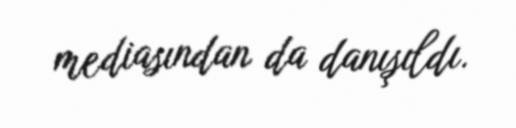
mediasından da danışıldı.